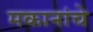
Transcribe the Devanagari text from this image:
मकानांचे